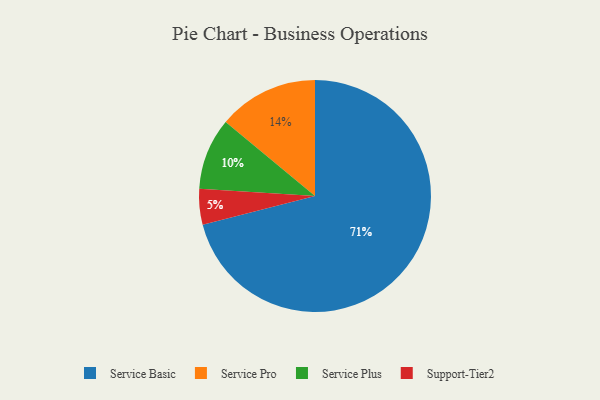
{"axis": {"x": "Category", "y": "Percentage"}, "legend": ["Service Basic", "Service Plus", "Service Pro", "Support-Tier2"], "data": [{"x": "Support-Tier2", "y": 5, "type": "Support-Tier2"}, {"x": "Service Pro", "y": 14, "type": "Service Pro"}, {"x": "Service Basic", "y": 71, "type": "Service Basic"}, {"x": "Service Plus", "y": 10, "type": "Service Plus"}]}